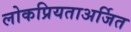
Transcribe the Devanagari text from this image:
लोकप्रियताअर्जित